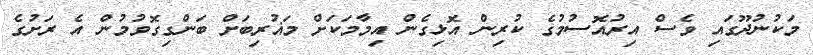
މަކުނުދޫގައި ވެސް އިރުއޮސުމުގެ ކުރިން އޮޅިގެން އިމާމަކަށް މަޣުރިބަށް ބަންގިގޮވުމުން އެ ރަށުގެ